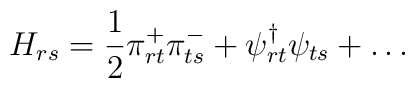
H_{rs} = \frac{1}{2} \pi^{+}_{rt} \pi^{-}_{ts} + \psi^{\dagger}_{rt}\psi_{ts} + \ldots